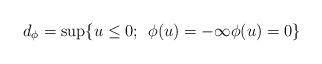
LaTeX: \begin{align*}d_{\phi}=\sup\{ u\leq 0;\:\:\phi(u)=-\infty \phi(u)=0\}\end{align*}